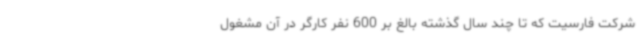
شرکت فارسیت که تا چند سال گذشته بالغ بر 600 نفر کارگر در آن مشغول